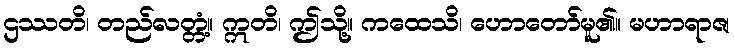
ဌဿတိ၊ တည်လတ္တံ့။ ဣတိ၊ ဤသို့။ ကထေသိ၊ ဟောတော်မူ၏။ မဟာရာဇ၊